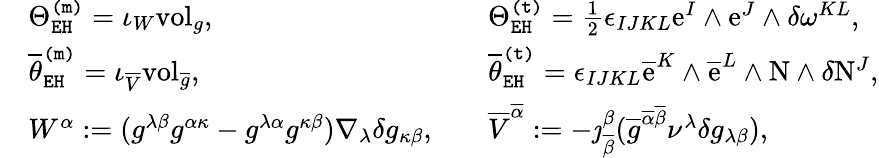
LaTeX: \begin{array}{rlrl}&{\Theta_{\mathtt{EH}}^{\mathtt{(m)}}=\iota_{W}\mathrm{vol}_{g},}&&{\Theta_{\mathtt{EH}}^{\mathtt{(t)}}=\frac{1}{2}\epsilon_{IJKL}\mathrm{e}^{I}\wedge\mathrm{e}^{J}\wedge\delta\omega^{KL},}\\ &{\overline{{\theta}}_{\mathtt{EH}}^{\mathtt{(m)}}=\iota_{\overline{{V}}}\mathrm{vol}_{\overline{{g}}},}&&{\overline{{\theta}}_{\mathtt{EH}}^{\mathtt{(t)}}=\epsilon_{IJKL}\overline{{\mathrm{e}}}^{K}\wedge\overline{{\mathrm{e}}}^{L}\wedge\mathrm{N}\wedge\delta\mathrm{N}^{J},}\\ &{W^{\alpha}:=(g^{\lambda\beta}g^{\alpha\kappa}-g^{\lambda\alpha}g^{\kappa\beta})\nabla_{\lambda}\delta g_{\kappa\beta},}&&{\overline{{V}}^{\overline{{\alpha}}}:=-\jmath_{\overline{{\beta}}}^{\beta}(\overline{{g}}^{\overline{{\alpha}}\overline{{\beta}}}\nu^{\lambda}\delta g_{\lambda\beta}),}\end{array}